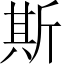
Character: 斯